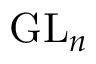
{ \mathrm { G L } } _ { n }